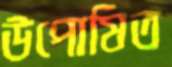
উপোষিত